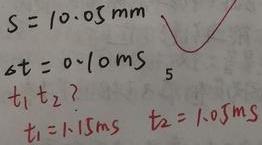
\[
\begin{align*}
S&=10.05\text{mm}\\
\Delta t&=0.10\text{ms}\\
t_1,t_2&?\\
t_1&=1.15\text{ms}\\
t_2&=1.05\text{ms}
\end{align*}
\]